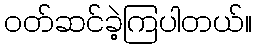
ဝတ်ဆင်ခဲ့ကြပါတယ်။